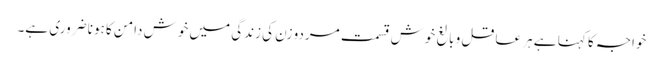
خواجہ کا کہنا ہے ہر عاقل و بالغ خوش قسمت مردو زن کی زندگی میں خوش دامن کا ہونا ضروری ہے۔